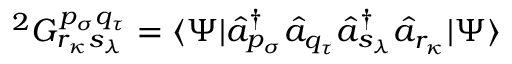
{ } ^ { 2 } G _ { r _ { \kappa } s _ { \lambda } } ^ { p _ { \sigma } q _ { \tau } } = \langle \Psi | \hat { a } _ { p _ { \sigma } } ^ { \dagger } \hat { a } _ { q _ { \tau } } \hat { a } _ { s _ { \lambda } } ^ { \dagger } \hat { a } _ { r _ { \kappa } } | \Psi \rangle